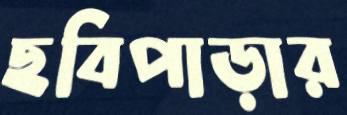
ছবিপাড়ার